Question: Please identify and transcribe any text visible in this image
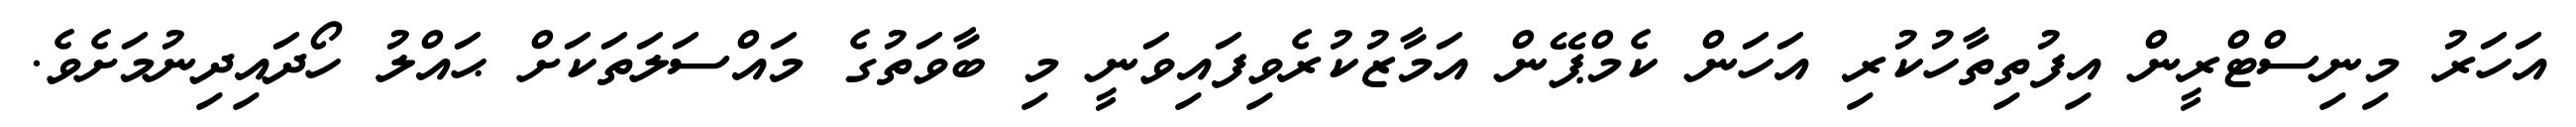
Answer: އަހަރު މިނިސްޓްރީން އިފުތިތާހުކުރި އަހަން ކެމްޕޭން އަމާޒުކުރެވިފައިވަނީ މި ބާވަތުގެ މައްސަލަތަކަށް ޙައްލު ހޯދައިދިނުމަށެވެ.